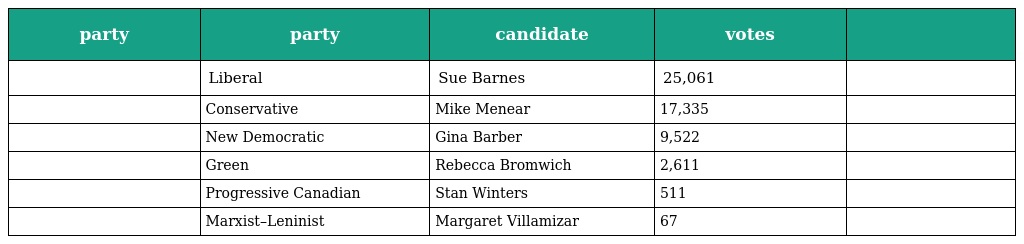
| party | party | candidate | votes |  |
 | --- | --- | --- | --- | --- |
 |  | Liberal | Sue Barnes | 25,061 |  |
 |  | Conservative | Mike Menear | 17,335 |  |
 |  | New Democratic | Gina Barber | 9,522 |  |
 |  | Green | Rebecca Bromwich | 2,611 |  |
 |  | Progressive Canadian | Stan Winters | 511 |  |
 |  | Marxist–Leninist | Margaret Villamizar | 67 |  |